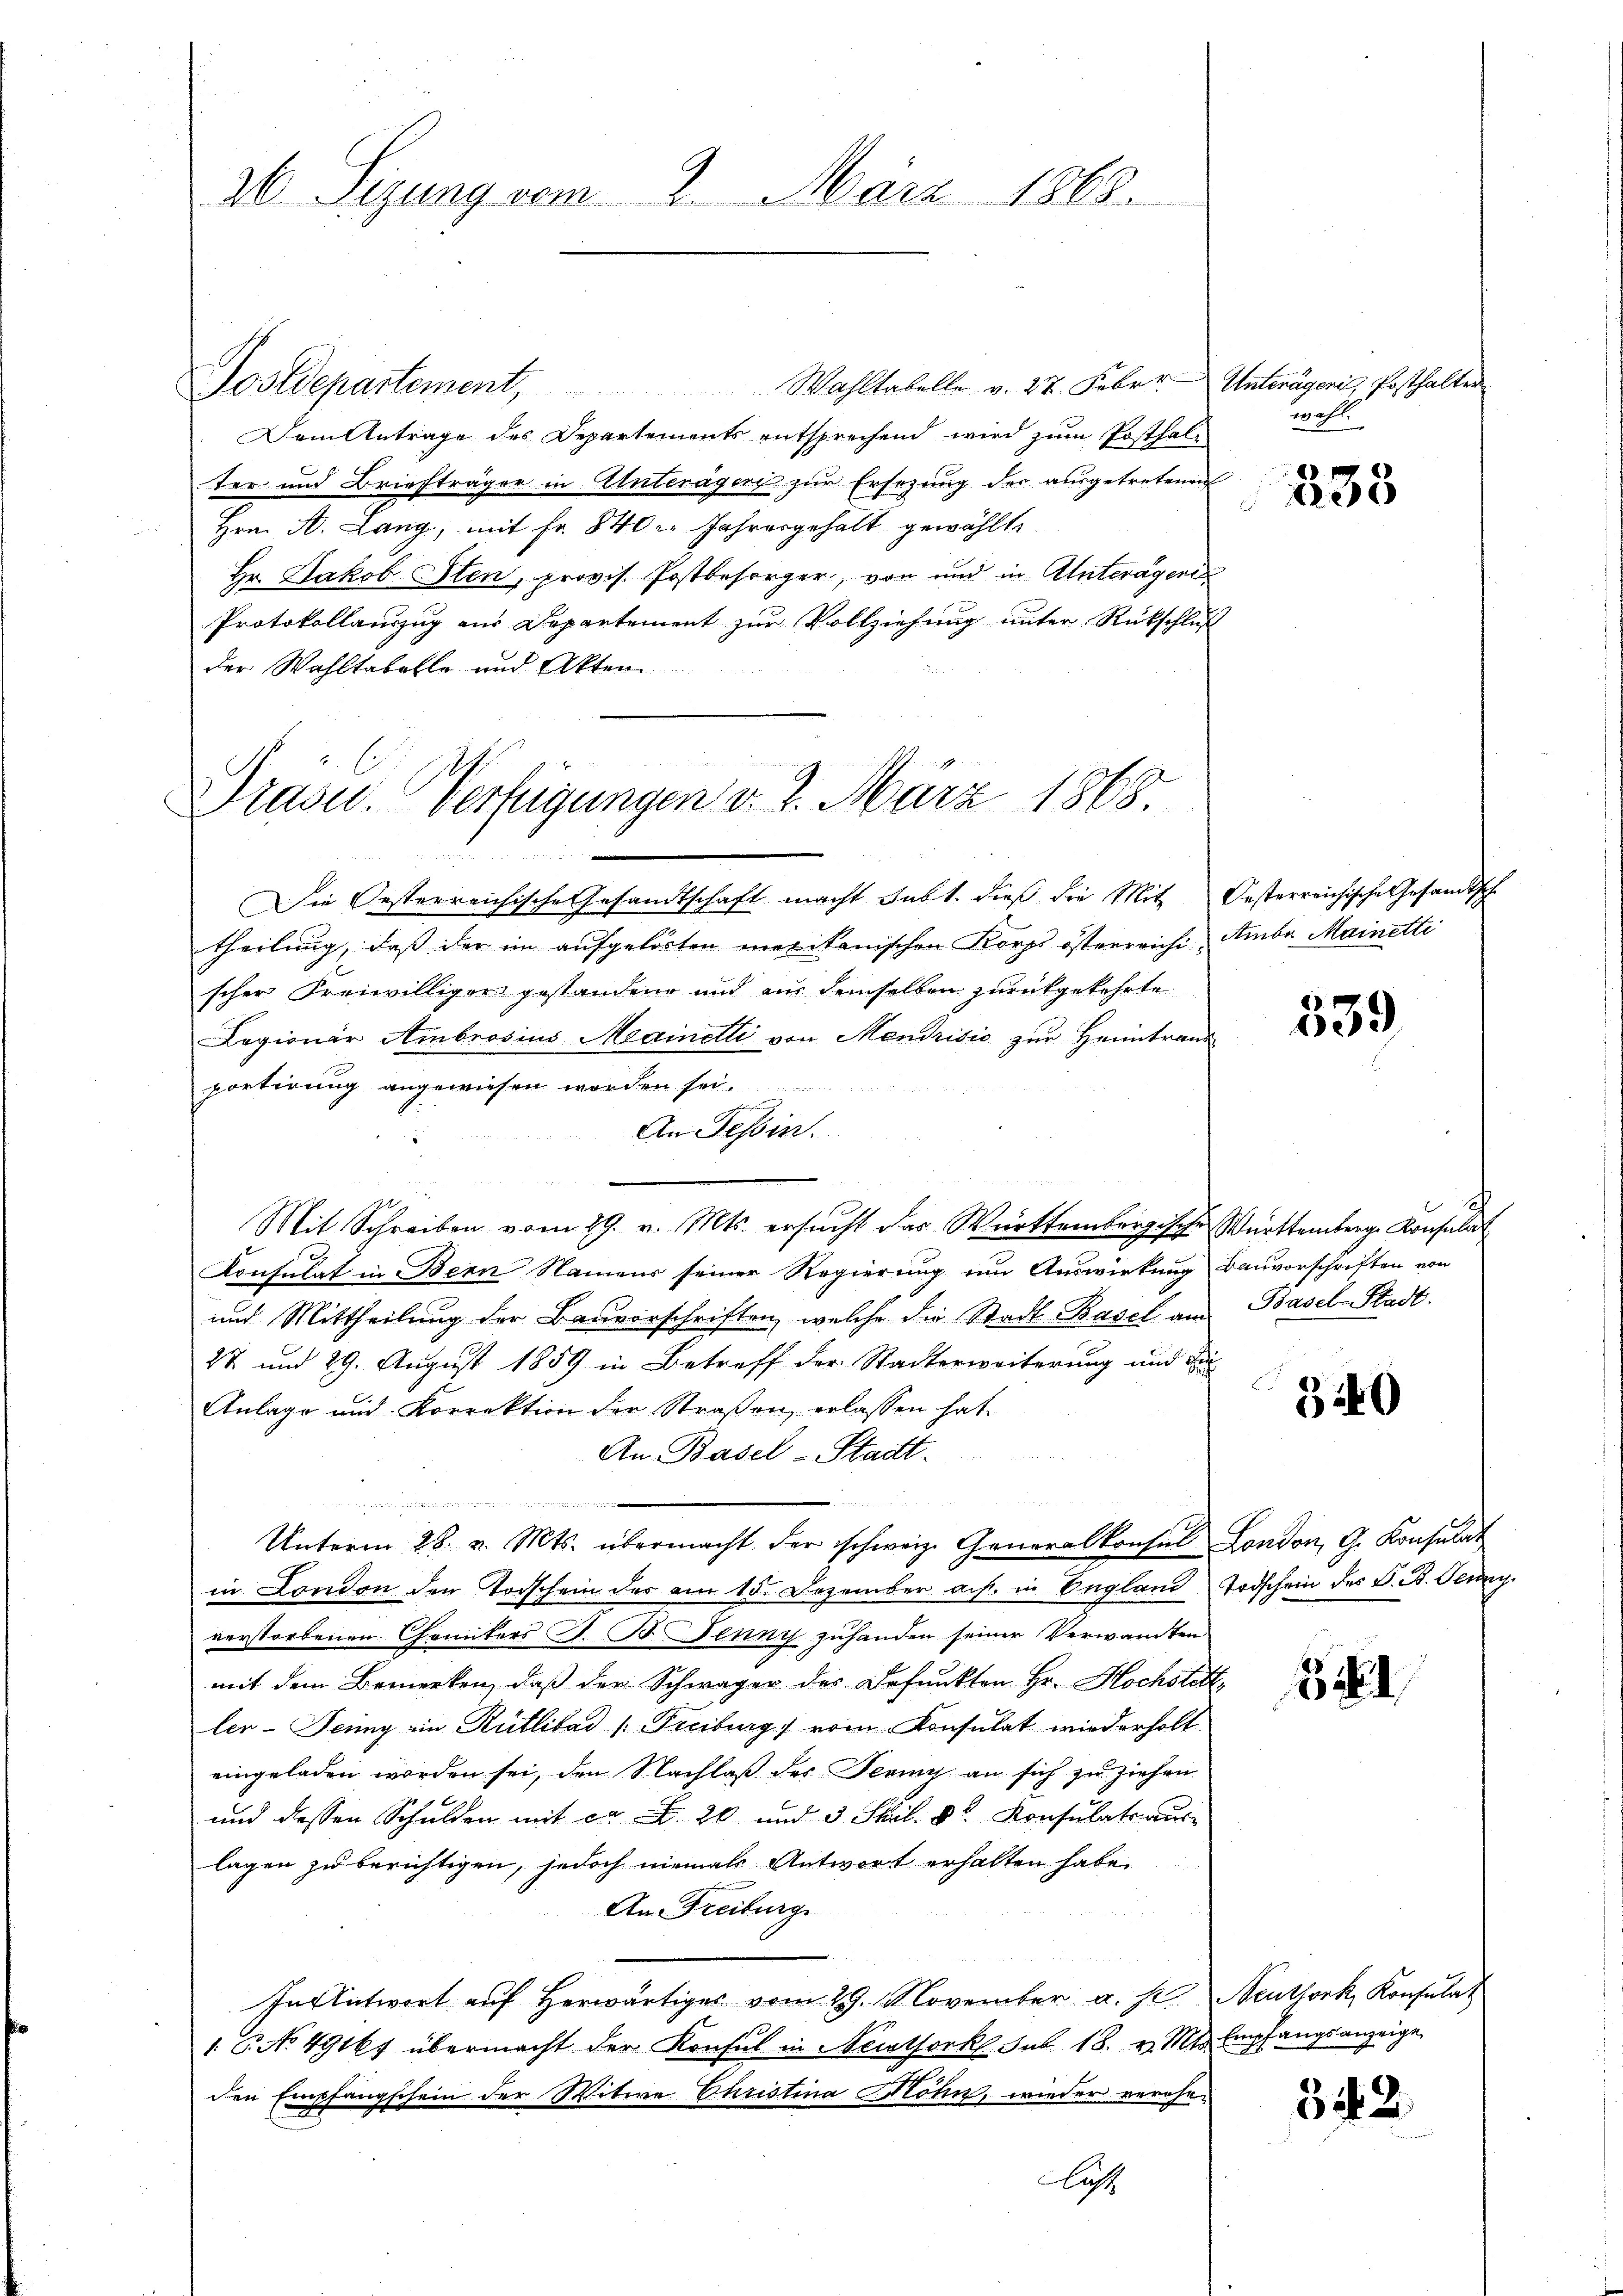
9
2b Sizung vom 2. März 1868.

Postdepartement. Wahltabelle v. 27. Febr. Unterägeri, Posthalter
Dem Antrage des Departements entsprechend wird zum Posthalter und Briefträger in Unterägers zur Ersezung der ausgetretenen
Hrn. A. Lang, mit Fr. 840 Jahresgehalt gewählte
Hr. Jakob Iten, provis. Postbesorger, von und in Unterägeri
Protokollauszug aus Departement zur Vollziehung unter Rückschluß
der Wahltabelle und Akten

mmung in nich
Präsid.. Vertigungen d. 2. März 1868.
und und

theilung, dass der im aufgelösten mexikanischen Korps österreichi- Ambe Mainetti
scher Freiwilliger gestandene und ain demselben zurückgekehrte
Lagionär Ambrosius Mainetti von Mendrisis zur Heimtrans
portirung angewiesen worden sei.
An Tessin
Mit Schreiben vom 29. v. Mts. ersucht das Württembergische Württemberg. Konsulat
Konsulat in Bern Namens seiner Regierung im Auswirkung Bauvorschriften von
und Mittheilung der Bauvorschriften, welche die Stadt Basel am Basel-Stadt.
27 und 29. August 1859 in Betreff der Stadterweiterung und Fr
Anlage und Korrektion der Straßen, erlassen hat.
An Basel-Stadt.

Unterm 28. v. Mts. übermacht der schweiz. Generalkonsul London, G. Konsulat
in London den Todschein der am 15. Dezember auf. in England Todschein des V. B. Jenny
verstorbenen Comiters S. B. Jenny zuhanden seiner Verwandten
mit dem Bemerken, daß der Schwäger des Defunkten Hr. Hochstett
ler- Jenny ein Rütlibad Freiburg vom Konsulat wird erholt
eingeladen worden sei, den Nachlaß des Fering an sich zu ziehen.
und dessen Schulden mit er d. 20. und 3 Stil. 8 Konsulats aus-
lagen zu berichtigen, jedoch niemals Antwort erhalten habe.
An Freiburg
In Antwort auf herwärtiges vom 29. November a. p. Neuthork, Konsulat
 P. No. 49167 übermacht der Konsul in Newtfork, Sub. 18. v. Mts.
den Empfangschein der Witwe Christina Möhn, wieder verehe-
laß

Die Oesterreichische Gesandtschaft macht habt. dieß die Mit Oesterreichische Gesandtsch

wohl

3

838

539

340

32

Empfangsanzeige

342